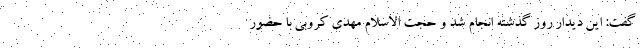
گفت: این دیدار روز گذشته انجام شد و حجت الاسلام مهدی کروبی با حضور